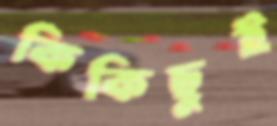
কিকিছুই